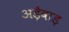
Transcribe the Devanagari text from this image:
अड़ैवाड़